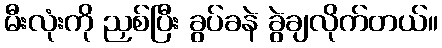
မီးလုံးကို ညှစ်ပြီး ခွပ်ခနဲ ခွဲချလိုက်တယ်။